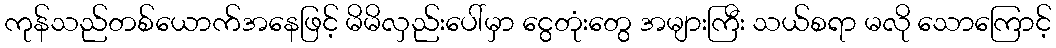
ကုန်သည်တစ်ယောက်အနေဖြင့် မိမိလှည်းပေါ်မှာ ငွေတုံးတွေ အများကြီး သယ်စရာ မလို သောကြောင့်